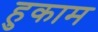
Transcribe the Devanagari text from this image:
हुकाम